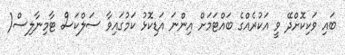
ބައި ވަކިކޮށްދޭ ވީ އަކުރެއްގެ ބައްޓަމަށް އިންނަ އަޑިކޮޅު ކަމުގައިވާ ސަލްކަސް ޓާމިނާލިސް(